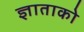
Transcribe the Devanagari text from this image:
ज्ञाताको